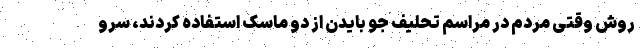
روش وقتی مردم در مراسم تحلیف جو بایدن از دو ماسک استفاده کردند، سرو